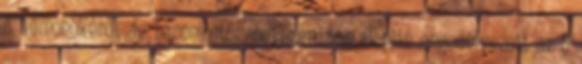
a démonokéról, de hasonló törvényszerűség alapján engedélyezett az ő